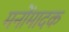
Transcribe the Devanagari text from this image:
मनोंमादक